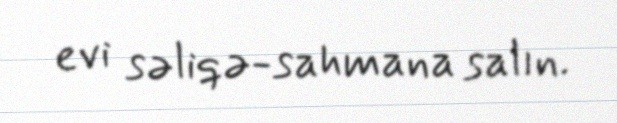
evi səliqə-sahmana salın.